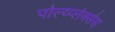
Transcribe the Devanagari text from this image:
पोल्य्प्लेक्सेस